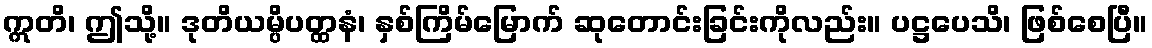
ဣတိ၊ ဤသို့။ ဒုတိယမ္ပိပတ္ထနံ၊ နှစ်ကြိမ်မြောက် ဆုတောင်းခြင်းကိုလည်း။ ပဋ္ဌပေသိ၊ ဖြစ်စေပြီ။